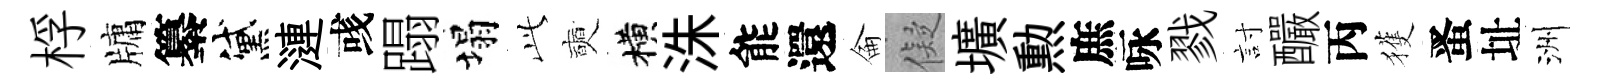
桴牗纂黛漣彧蹋塌𬼘奭横洙能還侖儗壙勲庶咏戮討釅丙獲󱉠址洲